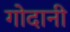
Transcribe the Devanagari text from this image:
गोदानी